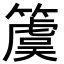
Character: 𥵂